Indian journal of veterinary science and animal husbandry - Volume 14,
Year: 1944
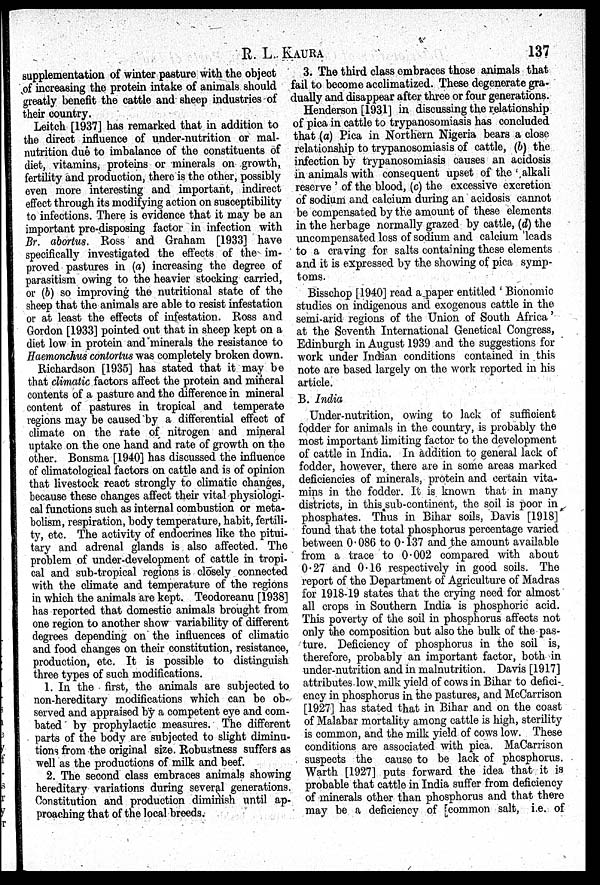
R. L.
KAURA
137
supplementation of winter pasture with the object
of increasing the protein intake of animals should
greatly benefit the cattle and sheep industries of
their country.
Leitch [1937] has remarked that in addition to
the direct influence of under-nutrition or mal-
nutrition due to imbalance of the constituents of
diet, vitamins, proteins or minerals on growth,
fertility and production, there is the other, possibly
even more interesting and important, indirect
effect through its modifying action on susceptibility
to infections. There is evidence that it may be an
important pre-disposing factor in infection with
Br. abortus. Ross and Graham [1933] have
specifically investigated the effects of the im-
proved pastures in (a) increasing the degree of
parasitism owing to the heavier stocking carried,
or (b) so improving the nutritional state of the
sheep that the animals are able to resist infestation
or at least the effects of infestation. Ross and
Gordon [1933] pointed out that in sheep kept on a
diet low in protein and minerals the resistance to
Haemonchus contortus was completely broken down.
Richardson [1935] has stated that it may be
that climatic factors affect the protein and mineral
contents of a pasture and the difference in mineral
content of pastures in tropical and temperate
regions may be caused by a differential effect of
climate on the rate of nitrogen and mineral
uptake on the one hand and rate of growth on the
other. Bonsma [1940] has discussed the influence
of climatological factors on cattle and is of opinion
that livestock react strongly to climatic changes,
because these changes affect their vital physiologi-
cal functions such as internal combustion or meta-
bolism, respiration, body temperature, habit, fertili-
ty, etc. The activity of endocrines like the pitui-
tary and adrenal glands is also affected. The
problem of under-development of cattle in tropi-
cal and sub-tropical regions is closely connected
with the climate and temperature of the regions
in which the animals are kept. Teodoreanu [1938]
has reported that domestic animals brought from
one region to another show variability of different
degrees depending on the influences of climatic
and food changes on their constitution, resistance,
production, etc. It is possible to distinguish
three types of such modifications.
1. In the first, the animals are subjected to
non-hereditary modifications which can be ob-
served and appraised by a competent eye and com-
bated by prophylactic measures. The different
parts of the body are subjected to slight diminu-
tions from the original size. Robustness suffers as
well as the productions of milk and beef.
2. The second class embraces animals showing
hereditary variations during several generations.
Constitution and production diminish until ap-
proaching that of the local breeds.
3. The third class embraces those animals that
fail to become acclimatized. These degenerate gra-
dually and disappear after three or four generations.
Henderson [1931] in discussing the relationship
of pica in cattle to trypanosomiasis has concluded
that (a) Pica in Northern Nigeria bears a close
relationship to trypanosomiasis of cattle, (b) the
infection by trypanosomiasis causes an acidosis
in animals with consequent upset of the ' alkali
reserve ' of the blood, (c) the excessive excretion
of sodium and calcium during an acidosis cannot
be compensated by the amount of these elements
in the herbage normally grazed by cattle, (d) the
uncompensated loss of sodium and calcium leads
to a craving for salts containing these elements
and it is expressed by the showing of pica symp-
toms.
Bisschop [1940] read a paper entitled ' Bionomic
studies on indigenous and exogenous cattle in the
semi-arid regions of the Union of South Africa '
at the Seventh International Genetical Congress,
Edinburgh in August 1939 and the suggestions for
work under Indian conditions contained in this
note are based largely on the work reported in his
article.
B. India
Under-nutrition, owing to lack of sufficient
fodder for animals in the country, is probably the
most important limiting factor to the development
of cattle in India. In addition to general lack of
fodder, however, there are in some areas marked
deficiencies of minerals, protein and certain vita-
mins in the fodder. It is known that in many
districts, in this sub-continent, the soil is poor in
phosphates. Thus in Bihar soils, Davis [1918]
found that the total phosphorus percentage varied
between 0.086 to 0.137 and the amount available
from a trace to 0.002 compared with about
0.27 and 0.16 respectively in good soils. The
report of the Department of Agriculture of Madras
for 1918-19 states that the crying need for almost
all crops in Southern India is phosphoric acid.
This poverty of the soil in phosphorus affects not
only the composition but also the bulk of the pas-
ture. Deficiency of phosphorus in the soil is,
therefore, probably an important factor, both in
under-nutrition and in malnutrition. Davis [1917]
attributes low milk yield of cows in Bihar to defici-
ency in phosphorus in the pastures, and McCarrison
[1927] has stated that in Bihar and on the coast
of Malabar mortality among cattle is high, sterility
is common, and the milk yield of cows low. These
conditions are associated with pica. MaCarrison
suspects the cause to be lack of phosphorus.
Warth [1927] puts forward the idea that it is
probable that cattle in India suffer from deficiency
of minerals other than phosphorus and that there
may be a deficiency of common salt, i.e. of